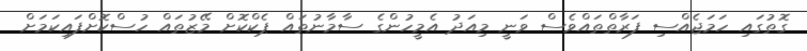
ގޮތުގައި ހަމަޖެއްސި ފަރާތްތައްވެސް ވަނީ މިއަދު އެމީހުންގެ ސާމާނުތައް ޕެކްކޮށް މޭޒުތައް ހުސްކޮށްފައިކަމަށް